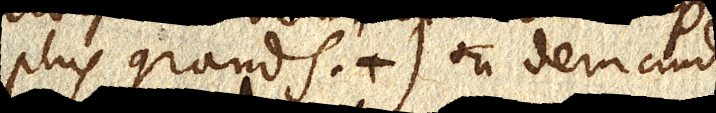
plus grands,) on demande